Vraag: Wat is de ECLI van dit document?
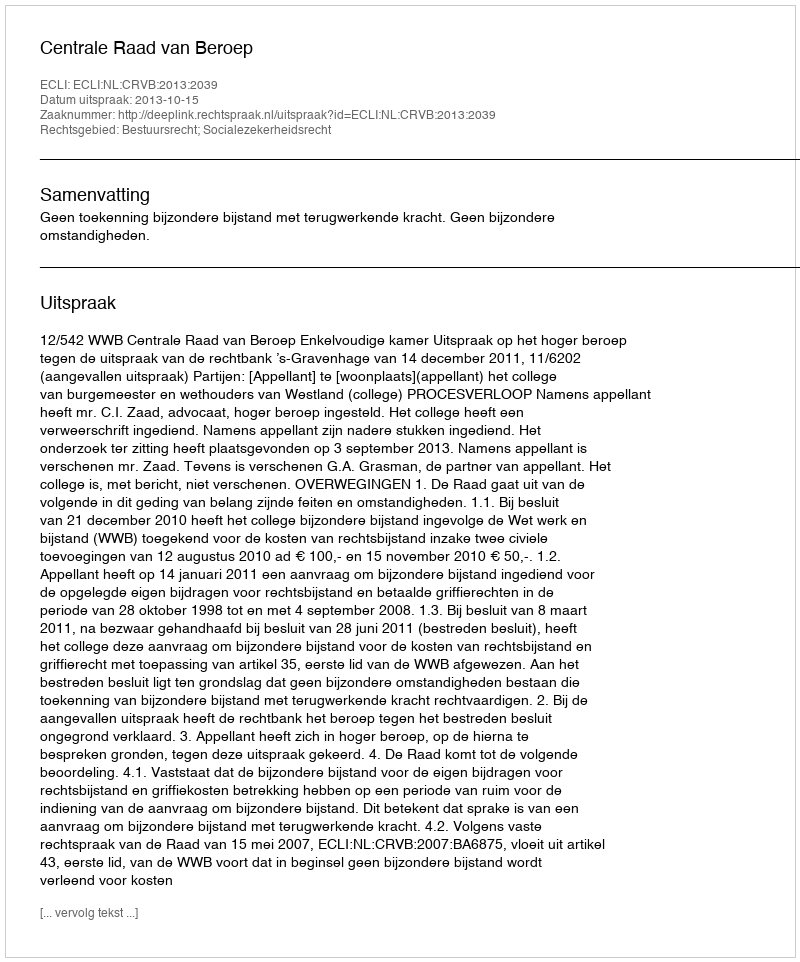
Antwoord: ECLI:NL:CRVB:2013:2039